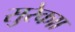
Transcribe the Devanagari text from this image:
सुरेकाा